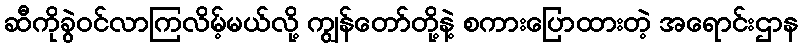
ဆီကိုခွဲဝင်လာကြလိမ့်မယ်လို့ ကျွန်တော်တို့နဲ့ စကားပြောထားတဲ့ အရောင်းဌာန